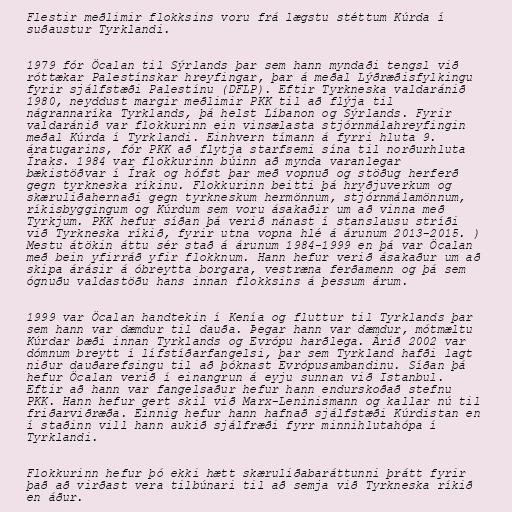
Flestir meðlimir flokksins voru frá lægstu stéttum Kúrda í
suðaustur Tyrklandi.

1979 fór Öcalan til Sýrlands þar sem hann myndaði tengsl við
róttækar Palestínskar hreyfingar, þar á meðal Lýðræðisfylkingu
fyrir sjálfstæði Palestínu (DFLP). Eftir Tyrkneska valdaránið
1980, neyddust margir meðlimir PKK til að flýja til
nágrannaríka Tyrklands, þá helst Líbanon og Sýrlands. Fyrir
valdaránið var flokkurinn ein vinsælasta stjórnmálahreyfingin
meðal Kúrda í Tyrklandi. Einhvern tímann á fyrri hluta 9.
áratugarins, fór PKK að flytja starfsemi sína til norðurhluta
Íraks. 1984 var flokkurinn búinn að mynda varanlegar
bækistöðvar í Írak og hófst þar með vopnuð og stöðug herferð
gegn tyrkneska ríkinu. Flokkurinn beitti þá hryðjuverkum og
skæruliðahernaði gegn tyrkneskum hermönnum, stjórnmálamönnum,
ríkisbyggingum og Kúrdum sem voru ásakaðir um að vinna með
Tyrkjum. PKK hefur síðan þá verið nánast í stanslausu stríði
við Tyrkneska ríkið, fyrir utna vopna hlé á árunum 2013-2015. )
Mestu átökin áttu sér stað á árunum 1984-1999 en þá var Öcalan
með bein yfirráð yfir flokknum. Hann hefur verið ásakaður um að
skipa árásir á óbreytta borgara, vestræna ferðamenn og þá sem
ógnuðu valdastöðu hans innan flokksins á þessum árum.

1999 var Öcalan handtekin í Kenía og fluttur til Tyrklands þar
sem hann var dæmdur til dauða. Þegar hann var dæmdur, mótmæltu
Kúrdar bæði innan Tyrklands og Evrópu harðlega. Árið 2002 var
dómnum breytt í lífstíðarfangelsi, þar sem Tyrkland hafði lagt
niður dauðarefsingu til að þóknast Evrópusambandinu. Síðan þá
hefur Öcalan verið í einangrun á eyju sunnan við Istanbul.
Eftir að hann var fangelsaður hefur hann endurskoðað stefnu
PKK. Hann hefur gert skil við Marx-Leninismann og kallar nú til
friðarviðræða. Einnig hefur hann hafnað sjálfstæði Kúrdistan en
í staðinn vill hann aukið sjálfræði fyrr minnihlutahópa í
Tyrklandi.

Flokkurinn hefur þó ekki hætt skæruliðabaráttunni þrátt fyrir
það að virðast vera tilbúnari til að semja við Tyrkneska ríkið
en áður.